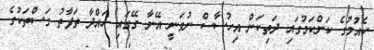
ކެއުމުގެ ކަންކަމުގައި ދަތިކަން އިހުސާސް ނުވަނީ އޭނާ ގޭގައި ހައްދާ ތަފާތު ގަސްތަކުގެ